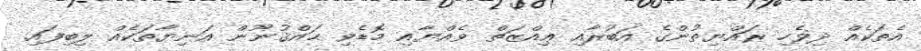
އެތަކެއް ދިވެހި ރައްޔިތުންގެ އަބުރާއި ޢިއްޒަތް ވެއްޔާއި މޮޑެވި ޙައްޤުނޫން އަނިޔާތަކެއް ލިބިފައި.